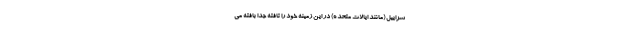
سراییل (مانند ایالات متحده) در این زمینه خود را تافته جدا بافته می